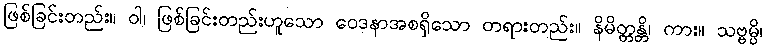
ဖြစ်ခြင်းတည်း။ ဝါ၊ ဖြစ်ခြင်းတည်းဟူသော ဝေဒနာအစရှိသော တရားတည်း။ နိမိတ္တန္တိ၊ ကား။ သဗ္ဗမ္ပိ၊